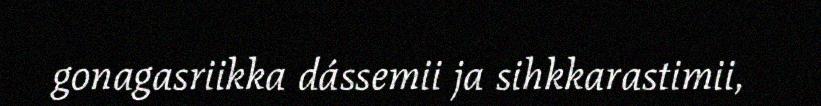
gonagasriikka dássemii ja sihkkarastimii,